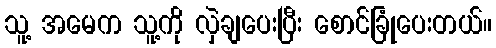
သူ့ အမေက သူ့ကို လှဲချပေးပြီး စောင်ခြုံပေးတယ်။